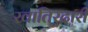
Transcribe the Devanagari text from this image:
खातिरदारी